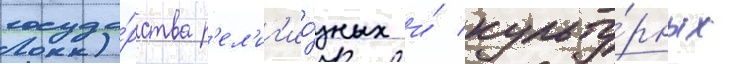
госуда́рства р'ел'иг'ио́зных и́ культу́рных